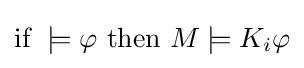
{\text{if }}\models \varphi {\text{ then }}M\models K_{i}\varphi